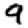
Digit: 9